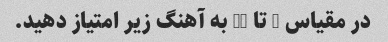
در مقیاس 1 تا 10 به آهنگ زیر امتیاز دهید.